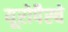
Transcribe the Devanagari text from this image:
यूरोपैस्चे